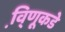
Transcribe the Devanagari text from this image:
वि़्णूकडे